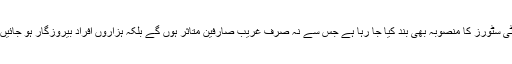
یوٹیلیٹی سٹورز کا منصوبہ بھی بند کیا جا رہا ہے جس سے نہ صرف غریب صارفین متاثر ہوں گے بلکہ ہزاروں افراد بیروزگار ہو جائیں گے۔